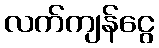
လက်ကျန်ငွေ